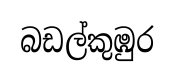
බඩල්කුඹුර